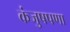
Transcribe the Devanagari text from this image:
कंजुषपणा